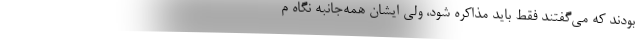
بودند که می‌گفتند فقط باید مذاکره شود، ولی ایشان همه‌جانبه نگاه م